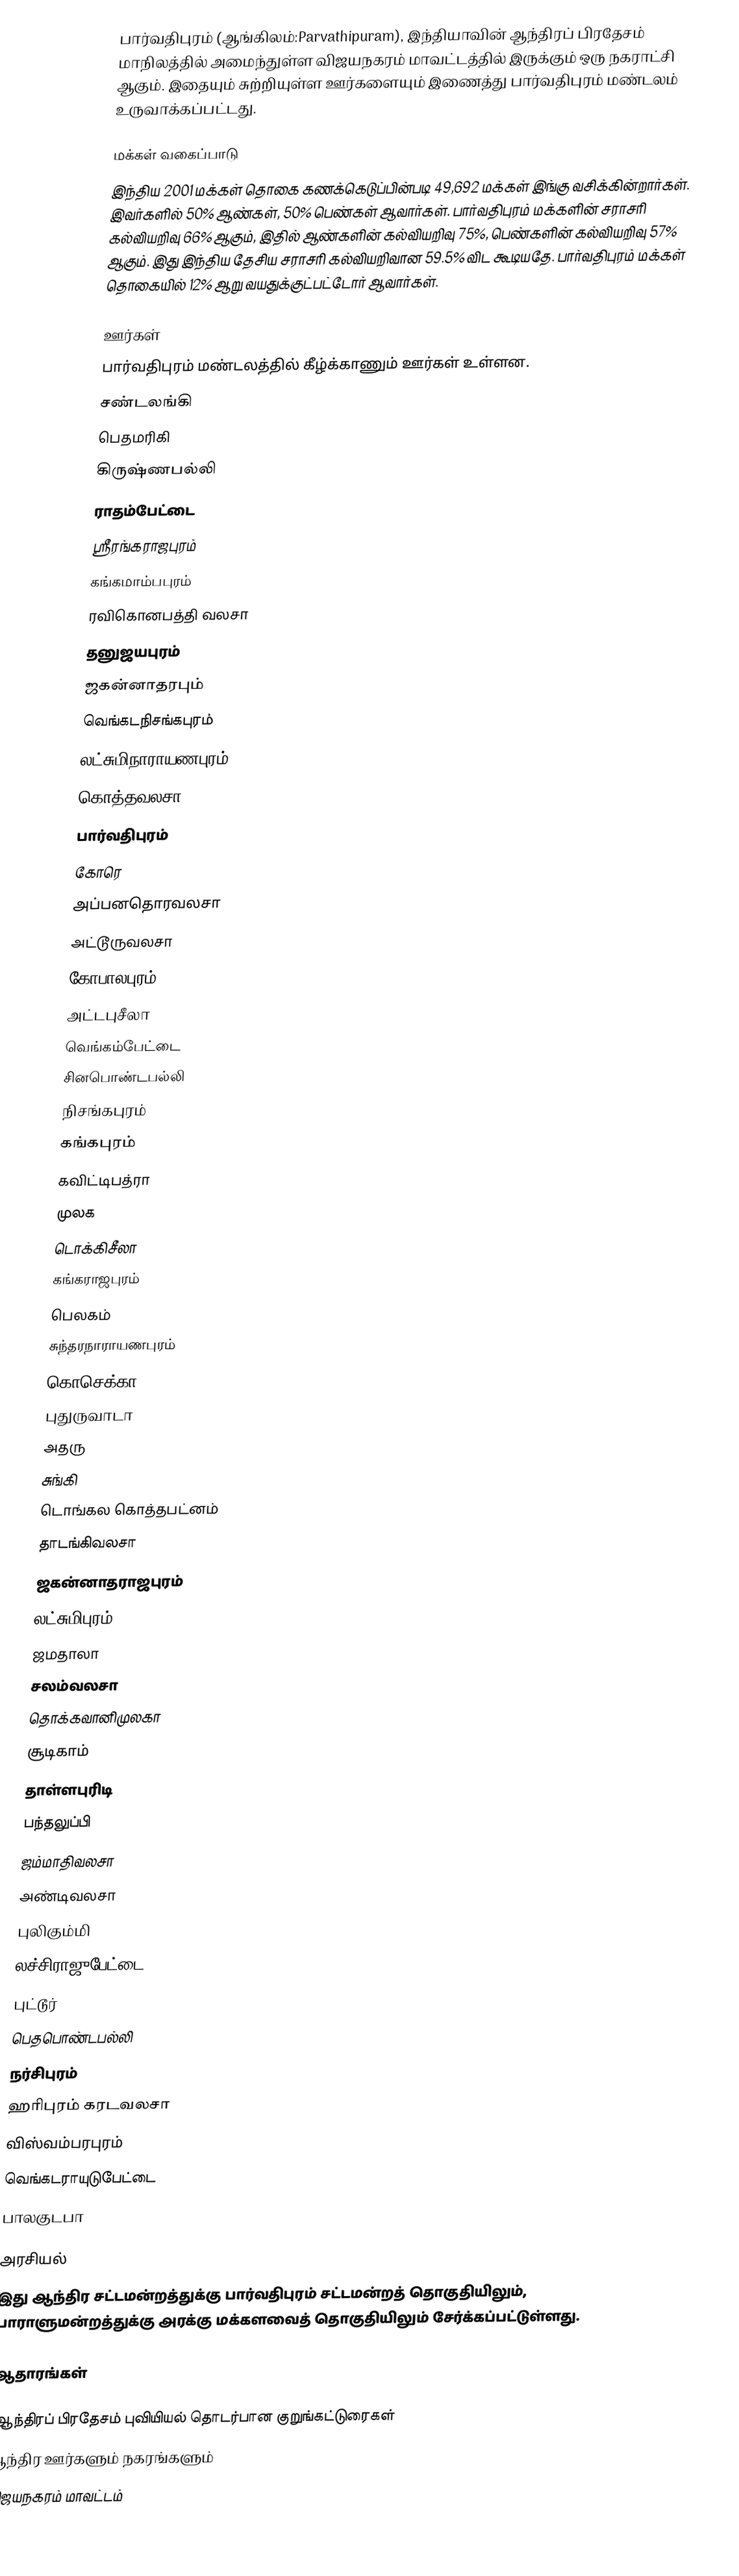
பார்வதிபுரம் (ஆங்கிலம்:Parvathipuram), இந்தியாவின் ஆந்திரப் பிரதேசம் மாநிலத்தில் அமைந்துள்ள விஜயநகரம் மாவட்டத்தில் இருக்கும் ஒரு நகராட்சி ஆகும். இதையும் சுற்றியுள்ள ஊர்களையும் இணைத்து பார்வதிபுரம் மண்டலம் உருவாக்கப்பட்டது.

மக்கள் வகைப்பாடு
இந்திய 2001 மக்கள் தொகை கணக்கெடுப்பின்படி 49,692 மக்கள் இங்கு வசிக்கின்றார்கள். இவர்களில் 50% ஆண்கள், 50% பெண்கள் ஆவார்கள். பார்வதிபுரம் மக்களின் சராசரி கல்வியறிவு 66% ஆகும்,  இதில் ஆண்களின் கல்வியறிவு 75%,  பெண்களின் கல்வியறிவு 57% ஆகும். இது இந்திய தேசிய சராசரி கல்வியறிவான 59.5% விட கூடியதே. பார்வதிபுரம் மக்கள் தொகையில் 12%  ஆறு வயதுக்குட்பட்டோர் ஆவார்கள்.

ஊர்கள்
பார்வதிபுரம் மண்டலத்தில் கீழ்க்காணும் ஊர்கள் உள்ளன.
 சண்டலங்கி
 பெதமரிகி
 கிருஷ்ணபல்லி
 ராதம்பேட்டை
 ஸ்ரீரங்கராஜபுரம்
 கங்கமாம்பபுரம்
 ரவிகொனபத்தி வலசா
 தனுஜயபுரம்
 ஜகன்னாதரபும்
 வெங்கடநிசங்கபுரம்
 லட்சுமிநாராயணபுரம்
 கொத்தவலசா
 பார்வதிபுரம்
 கோரெ
 அப்பனதொரவலசா
 அட்டூருவலசா
 கோபாலபுரம்
 அட்டபுசீலா
 வெங்கம்பேட்டை
 சினபொண்டபல்லி
 நிசங்கபுரம்
 கங்கபுரம்
 கவிட்டிபத்ரா
 முலக
 டொக்கிசீலா
 கங்கராஜபுரம்
 பெலகம்
 சுந்தரநாராயணபுரம்
 கொசெக்கா
 புதுருவாடா
 அதரு
 சுங்கி
 டொங்கல கொத்தபட்னம்
 தாடங்கிவலசா
 ஜகன்னாதராஜபுரம்
 லட்சுமிபுரம்
 ஜமதாலா
 சலம்வலசா
 தொக்கவானிமுலகா
 சூடிகாம்
 தாள்ளபுரிடி
 பந்தலுப்பி
 ஜம்மாதிவலசா
 அண்டிவலசா
 புலிகும்மி
 லச்சிராஜுபேட்டை
 புட்டூர்
 பெதபொண்டபல்லி
 நர்சிபுரம்
 ஹரிபுரம் கரடவலசா
 விஸ்வம்பரபுரம்
 வெங்கடராயுடுபேட்டை
 பாலகுடபா

அரசியல்
இது ஆந்திர சட்டமன்றத்துக்கு பார்வதிபுரம் சட்டமன்றத் தொகுதியிலும், பாராளுமன்றத்துக்கு அரக்கு மக்களவைத் தொகுதியிலும் சேர்க்கப்பட்டுள்ளது.

ஆதாரங்கள்

ஆந்திரப் பிரதேசம் புவியியல் தொடர்பான குறுங்கட்டுரைகள்
ஆந்திர ஊர்களும் நகரங்களும்
விஜயநகரம் மாவட்டம்